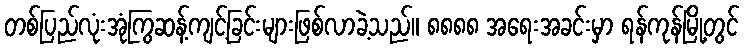
တစ်ပြည်လုံးအုံကြွဆန့်ကျင့်ခြင်းများဖြစ်လာခဲ့သည်။ ၈၈၈၈ အရေးအခင်းမှာ ရန်ကုန်မြို့တွင်